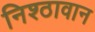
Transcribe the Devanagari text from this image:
निश्ठावान